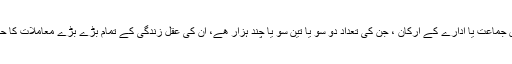
مغرب میں یہ طے کرلیا گیا کہ فلاں جماعت یا ادارے کے ارکان ، جن کی تعداد دو سو یا تین سو یا چند ہزار ھے، ان کی عقل زندگی کے تمام بڑے بڑے معاملات کا حتمی اور قطعی فیصلہ کر سکتی ہے۔